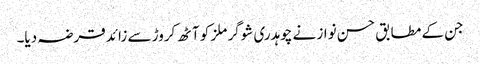
جن کے مطابق حسن نواز نے چوہدری شوگر ملز کو آٹھ کروڑ سے زائد قرضہ دیا۔